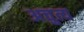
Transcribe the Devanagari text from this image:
अचुत्य